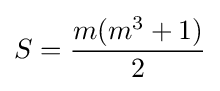
S={\frac {m(m^{3}+1)}{2}}